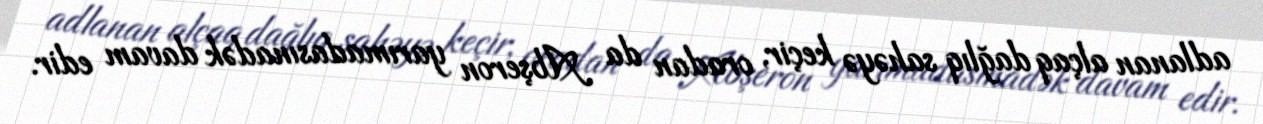
adlanan alçaq dağlıq sahəyə keçir, oradan da Abşeron yarımadasınadək davam edir.